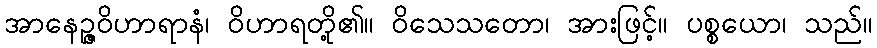
အာနေဉ္ဇဝိဟာရာနံ၊ ဝိဟာရတို့၏။ ဝိသေသတော၊ အားဖြင့်။ ပစ္စယော၊ သည်။